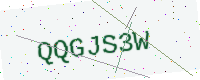
Text: QQGJS3W